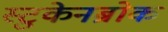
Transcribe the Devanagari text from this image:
स्टुकेनब्रोक